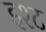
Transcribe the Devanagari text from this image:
इश्ट